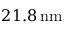
2 1 . 8 \, \mathrm { n m }